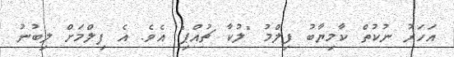
އަހަރު ނުކުތް ކާމިޔާބު ފިލްމު "ލުކާ ޗުއްޕި" އެވެ. އެ ފިލްމަށް ލިބުނު